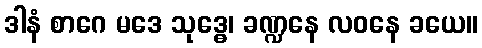
ဒါနံ စာဂေ မဒေ သုဒ္ဓေ၊ ခဏ္ဍနေ လဝနေ ခယေ။